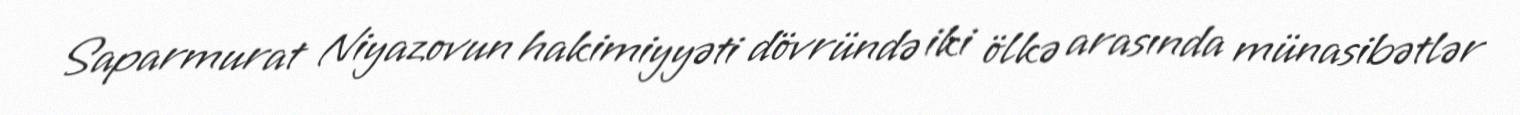
Saparmurat Niyazovun hakimiyyəti dövründə iki ölkə arasında münasibətlər